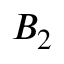
B _ { 2 }